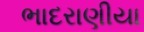
ભાદરાણીયા